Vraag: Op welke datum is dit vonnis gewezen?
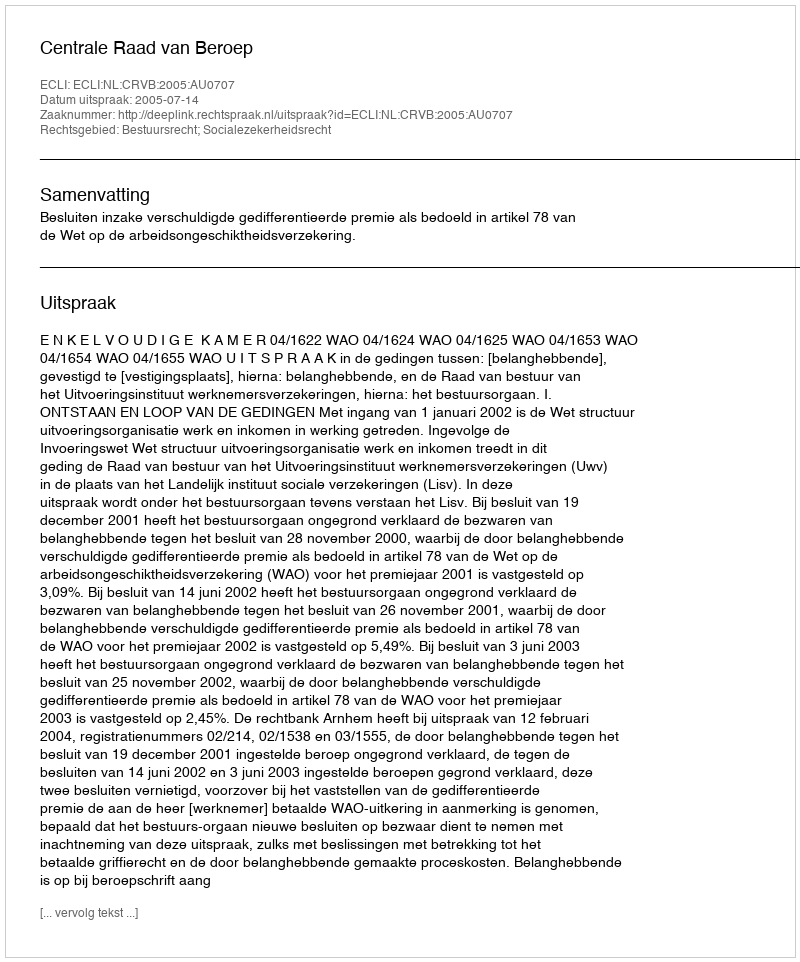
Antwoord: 2005-07-14